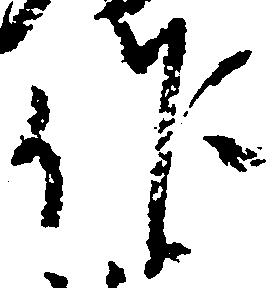
作